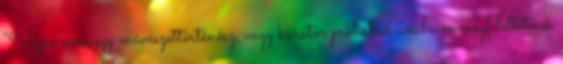
"Végre nem egy művészettörténész, vagy kurátor próbálná unalmas megfeleltetések